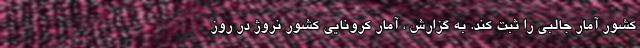
کشور آمار جالبی را ثبت کند. به گزارش ، آمار کرونایی کشور نروژ در روز